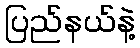
ပြည်နယ်နဲ့